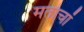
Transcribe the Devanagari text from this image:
मताचां